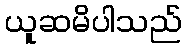
ယူဆမိပါသည်